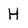
Character: H